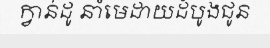
ក្វាន់ដូ នាំមេដាយដំបូងជូន